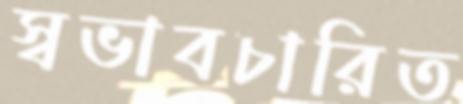
স্বভাবচারিত